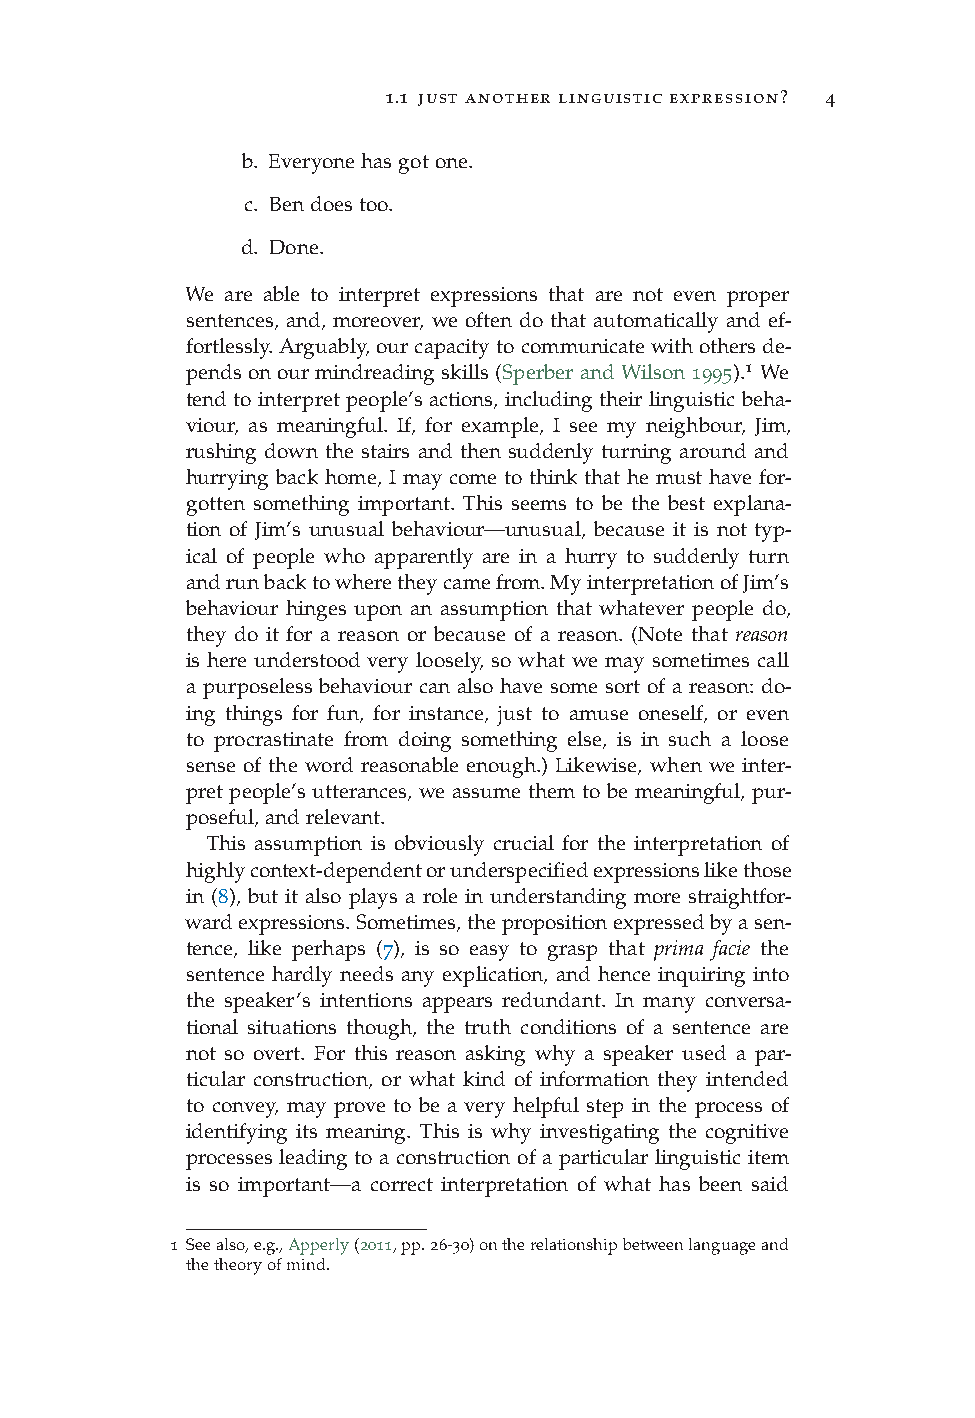
1.1 just another linguistic expression? 4
 b. Everyonehasgotone.
 c. Bendoestoo.
 d. Done.
 We are able to interpret expressions that are not even proper
 sentences, and, moreover, we often do that automatically and ef-
 fortlessly.Arguably,ourcapacitytocommunicatewithothersde-
 pendsonourmindreadingskills(SperberandWilson1995).1
 We
 tend to interpret people’s actions, including their linguistic beha-
 viour, as meaningful. If, for example, I see my neighbour, Jim,
 rushing down the stairs and then suddenly turning around and
 hurrying back home, I may come to think that he must have for-
 gotten something important. This seems to be the best explana-
 tion of Jim’s unusual behaviour—unusual, because it is not typ-
 ical of people who apparently are in a hurry to suddenly turn
 andrunbacktowheretheycamefrom.MyinterpretationofJim’s
 behaviour hinges upon an assumption that whatever people do,
 they do it for a reason or because of a reason. (Note that reason
 is here understood very loosely, so what we may sometimes call
 a purposeless behaviour can also have some sort of a reason: do-
 ing things for fun, for instance, just to amuse oneself, or even
 to procrastinate from doing something else, is in such a loose
 sense of the word reasonable enough.) Likewise, when we inter-
 pret people’s utterances, we assume them to be meaningful, pur-
 poseful,andrelevant.
 This assumption is obviously crucial for the interpretation of
 highlycontext-dependentorunderspecifiedexpressionslikethose
 in (8), but it also plays a role in understanding more straightfor-
 wardexpressions.Sometimes,thepropositionexpressedbyasen-
 tence, like perhaps (7), is so easy to grasp that prima facie the
 sentence hardly needs any explication, and hence inquiring into
 the speaker’s intentions appears redundant. In many conversa-
 tional situations though, the truth conditions of a sentence are
 not so overt. For this reason asking why a speaker used a par-
 ticular construction, or what kind of information they intended
 to convey, may prove to be a very helpful step in the process of
 identifying its meaning. This is why investigating the cognitive
 processes leading to a construction of a particular linguistic item
 is so important—a correct interpretation of what has been said
 1 Seealso,e.g.,Apperly(2011,pp.26-30)ontherelationshipbetweenlanguageand
 thetheoryofmind.